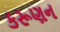
કરૂણન